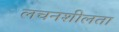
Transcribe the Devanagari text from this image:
लचनशीलता